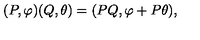
( P , \varphi ) ( Q , \theta ) = ( P Q , \varphi + P \theta ) ,